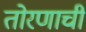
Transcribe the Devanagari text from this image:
तोरणाची